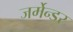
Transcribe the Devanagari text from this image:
जर्मेन्डर